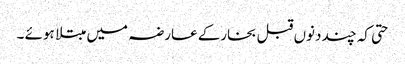
حتی کہ چند دنوں قبل بخارکے عارضہ میں مبتلا ہوئے ۔